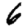
Digit: 6